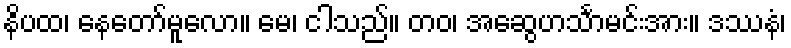
နိပထ၊ နေတော်မူလော။ မေ၊ ငါသည်။ တဝ၊ အဆွေဟင်္သာမင်းအား။ ဒဿနံ၊